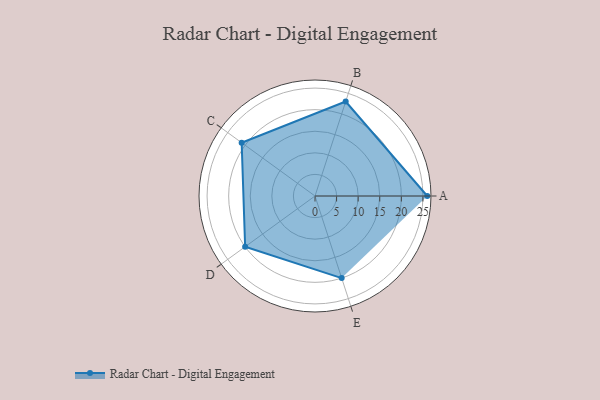
{"axis": {"x": "Skill", "y": "Score"}, "legend": ["Profile"], "data": [{"x": "A", "y": 26.0, "type": "Profile"}, {"x": "B", "y": 23.0, "type": "Profile"}, {"x": "C", "y": 21.0, "type": "Profile"}, {"x": "D", "y": 20.0, "type": "Profile"}, {"x": "E", "y": 20, "type": "Profile"}]}